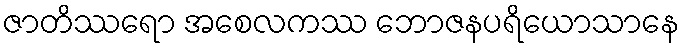
ဇာတိဿရော အစေလကဿ ဘောဇနပရိယောသာနေ